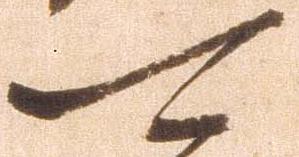
可